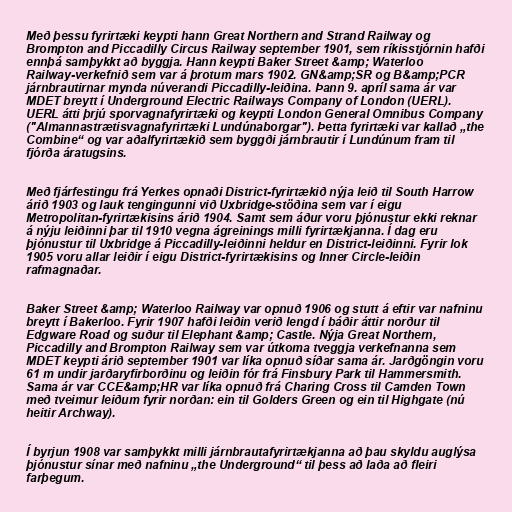
Með þessu fyrirtæki keypti hann Great Northern and Strand Railway og
Brompton and Piccadilly Circus Railway september 1901, sem ríkisstjórnin hafði
ennþá samþykkt að byggja. Hann keypti Baker Street &amp; Waterloo
Railway-verkefnið sem var á þrotum mars 1902. GN&amp;SR og B&amp;PCR
járnbrautirnar mynda núverandi Piccadilly-leiðina. Þann 9. apríl sama ár var
MDET breytt í Underground Electric Railways Company of London (UERL).
UERL átti þrjú sporvagnafyrirtæki og keypti London General Omnibus Company
("Almannastrætisvagnafyrirtæki Lundúnaborgar"). Þetta fyrirtæki var kallað „the
Combine“ og var aðalfyrirtækið sem byggði járnbrautir í Lundúnum fram til
fjórða áratugsins.

Með fjárfestingu frá Yerkes opnaði District-fyrirtækið nýja leið til South Harrow
árið 1903 og lauk tengingunni við Uxbridge-stöðina sem var í eigu
Metropolitan-fyrirtækisins árið 1904. Samt sem áður voru þjónustur ekki reknar
á nýju leiðinni þar til 1910 vegna ágreinings milli fyrirtækjanna. Í dag eru
þjónustur til Uxbridge á Piccadilly-leiðinni heldur en District-leiðinni. Fyrir lok
1905 voru allar leiðir í eigu District-fyrirtækisins og Inner Circle-leiðin
rafmagnaðar.

Baker Street &amp; Waterloo Railway var opnuð 1906 og stutt á eftir var nafninu
breytt í Bakerloo. Fyrir 1907 hafði leiðin verið lengd í báðir áttir norður til
Edgware Road og suður til Elephant &amp; Castle. Nýja Great Northern,
Piccadilly and Brompton Railway sem var útkoma tveggja verkefnanna sem
MDET keypti árið september 1901 var líka opnuð síðar sama ár. Jarðgöngin voru
61 m undir jarðaryfirborðinu og leiðin fór frá Finsbury Park til Hammersmith.
Sama ár var CCE&amp;HR var líka opnuð frá Charing Cross til Camden Town
með tveimur leiðum fyrir norðan: ein til Golders Green og ein til Highgate (nú
heitir Archway).

Í byrjun 1908 var samþykkt milli járnbrautafyrirtækjanna að þau skyldu auglýsa
þjónustur sínar með nafninu „the Underground“ til þess að laða að fleiri
farþegum.